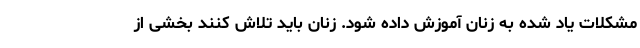
مشکلات یاد شده به زنان آموزش داده شود. زنان باید تلاش کنند بخشی از